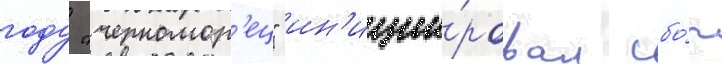
году "черномор'ец" ин'иции́ровал сбо́р